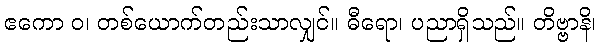
ဧကော ဝ၊ တစ်ယောက်တည်းသာလျှင်။ ဓီရော၊ ပညာရှိသည်။ တိဗ္ဗာနိ၊